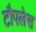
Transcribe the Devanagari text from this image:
टौपलेस